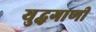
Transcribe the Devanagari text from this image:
युद्धगाणी